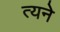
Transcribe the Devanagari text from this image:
त्यने